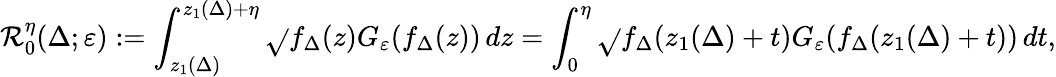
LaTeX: \mathcal{R}_{0}^{\eta}(\Delta;\varepsilon):=\int_{z_{1}(\Delta)}^{z_{1}(\Delta)+\eta}\sqrt{}{{f_{\Delta}(z)}}G_{\varepsilon}(f_{\Delta}(z))\, dz=\int_{0}^{\eta}\sqrt{}{{f_{\Delta}(z_{1}(\Delta)+t)}}G_{\varepsilon}(f_{\Delta}(z_{1}(\Delta)+t))\, dt,